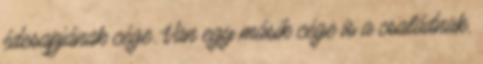
édesapjának cége. Van egy másik cége is a családnak,